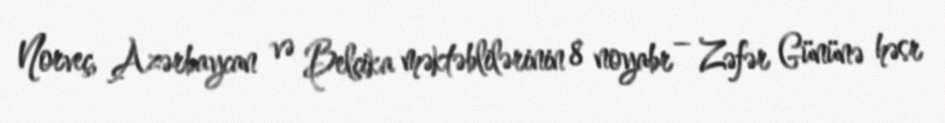
Norveç, Azərbaycan və Belçika məktəblilərinin 8 noyabr – Zəfər Gününə həsr